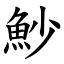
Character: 魦